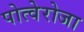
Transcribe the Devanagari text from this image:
पोत्वेरोजा